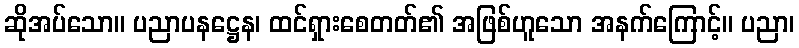
ဆိုအပ်သော။ ပညာပနဋ္ဌေန၊ ထင်ရှားစေတတ်၏ အဖြစ်ဟူသော အနက်ကြောင့်။ ပညာ၊